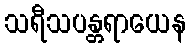
သရီသပန္တရာယေန